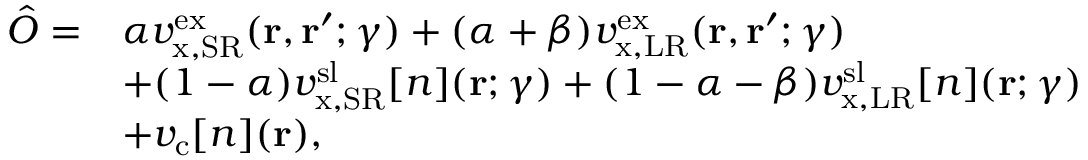
\begin{array} { r l } { \hat { O } = } & { \alpha v _ { \mathrm { x , S R } } ^ { \mathrm { e x } } ( \mathbf { r } , \mathbf { r } ^ { \prime } ; \gamma ) + ( \alpha + \beta ) v _ { \mathrm { x , L R } } ^ { \mathrm { e x } } ( \mathbf { r } , \mathbf { r } ^ { \prime } ; \gamma ) } \\ & { + ( 1 - \alpha ) v _ { \mathrm { x , S R } } ^ { \mathrm { s l } } [ n ] ( \mathbf { r } ; \gamma ) + ( 1 - \alpha - \beta ) v _ { \mathrm { x , L R } } ^ { \mathrm { s l } } [ n ] ( \mathbf { r } ; \gamma ) } \\ & { + v _ { \mathrm { c } } [ n ] ( \mathbf { r } ) , } \end{array}